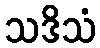
သဒိသံ